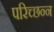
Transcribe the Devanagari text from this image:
परिच्छन्न